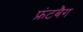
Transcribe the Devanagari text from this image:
फ्रंटबैग